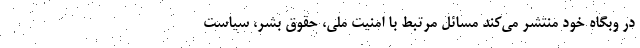
در وبگاه خود منتشر می‌کند مسائل مرتبط با امنیت ملی، حقوق بشر، سیاست